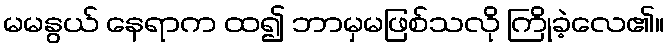
မမနွယ် နေရာက ထ၍ ဘာမှမဖြစ်သလို ကြိုခဲ့လေ၏။